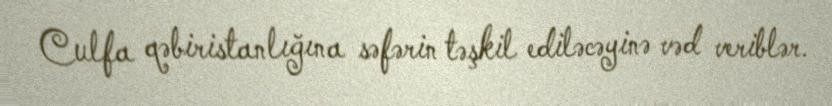
Culfa qəbiristanlığına səfərin təşkil ediləcəyinə vəd veriblər.